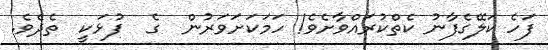
ފަހެ ކަލޭގެފާނު ކެތްކުރައްވާށެވެ! ހަމަކަށަވަރުން  ގެ  ފުޅަކީ  ތެެދެވެ.